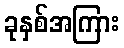
ခုနှစ်အကြား